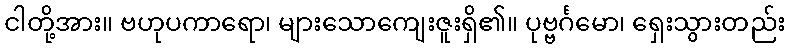
ငါတို့အား။ ဗဟုပကာရော၊ များသောကျေးဇူးရှိ၏။ ပုဗ္ဗင်္ဂမော၊ ရှေးသွားတည်း